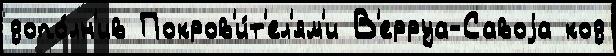
допо́лн'ив Покров'и́т'ел'ям'и В'ерруа-Савоjа код